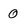
Character: 0